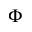
\Phi